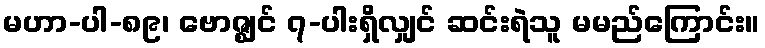
မဟာ-ပါ-၈၉၊ ဗောဇ္ဈင် ၇-ပါးရှိလျှင် ဆင်းရဲသူ မမည်ကြောင်း။